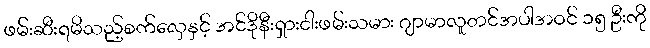
ဖမ်းဆီးရမိသည့်စက်လှေနှင့် အင်ဒိုနီးရှားငါးဖမ်းသမား ဂျာမာလူတင်အပါအဝင် ၁၅ ဦးကို